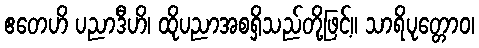
ဧတေဟိ ပညာဒီဟိ၊ ထိုပညာအစရှိသည်တို့ဖြင့်။ သာရိပုတ္တောဝ၊